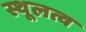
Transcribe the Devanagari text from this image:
स्थूलत्व